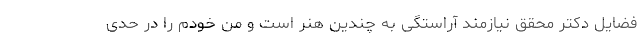
فضایل دکتر محقق نیازمند آراستگی به چندین هنر است و من خودم را در حدی